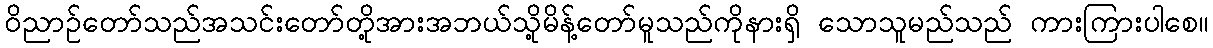
ဝိညာဉ်တော်သည်အသင်းတော်တို့အားအဘယ်သို့မိန့်တော်မူသည်ကိုနားရှိ သောသူမည်သည် ကားကြားပါစေ။